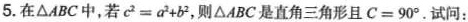
5. 在 △ABC 中，若 $$c ^ { 2 } = a ^ { 2 } + b ^ { 2 }$$，则 △ABC 是直角三角形且 $$C = 9 0 °$$。试问：